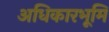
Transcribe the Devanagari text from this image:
अधिकारभूमि